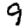
Digit: 9